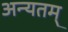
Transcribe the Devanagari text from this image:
अन्यतम्